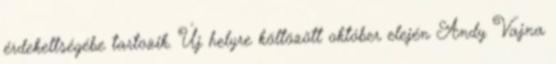
érdekeltségébe tartozik. Új helyre költözött október elején Andy Vajna